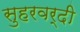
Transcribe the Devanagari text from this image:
सुहरवर्दी